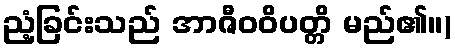
ညံ့ခြင်းသည် အာဇီဝဝိပတ္တိ မည်၏။)